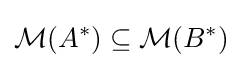
{\mathcal {M}}(A^{*})\subseteq {\mathcal {M}}(B^{*})